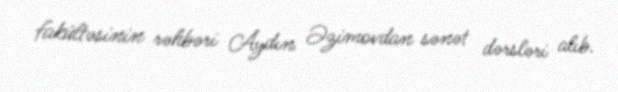
fakültəsinin rəhbəri Aydın Əzimovdan sənət dərsləri alıb.